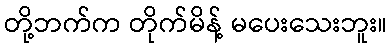
တို့ဘက်က တိုက်မိန့် မပေးသေးဘူး။